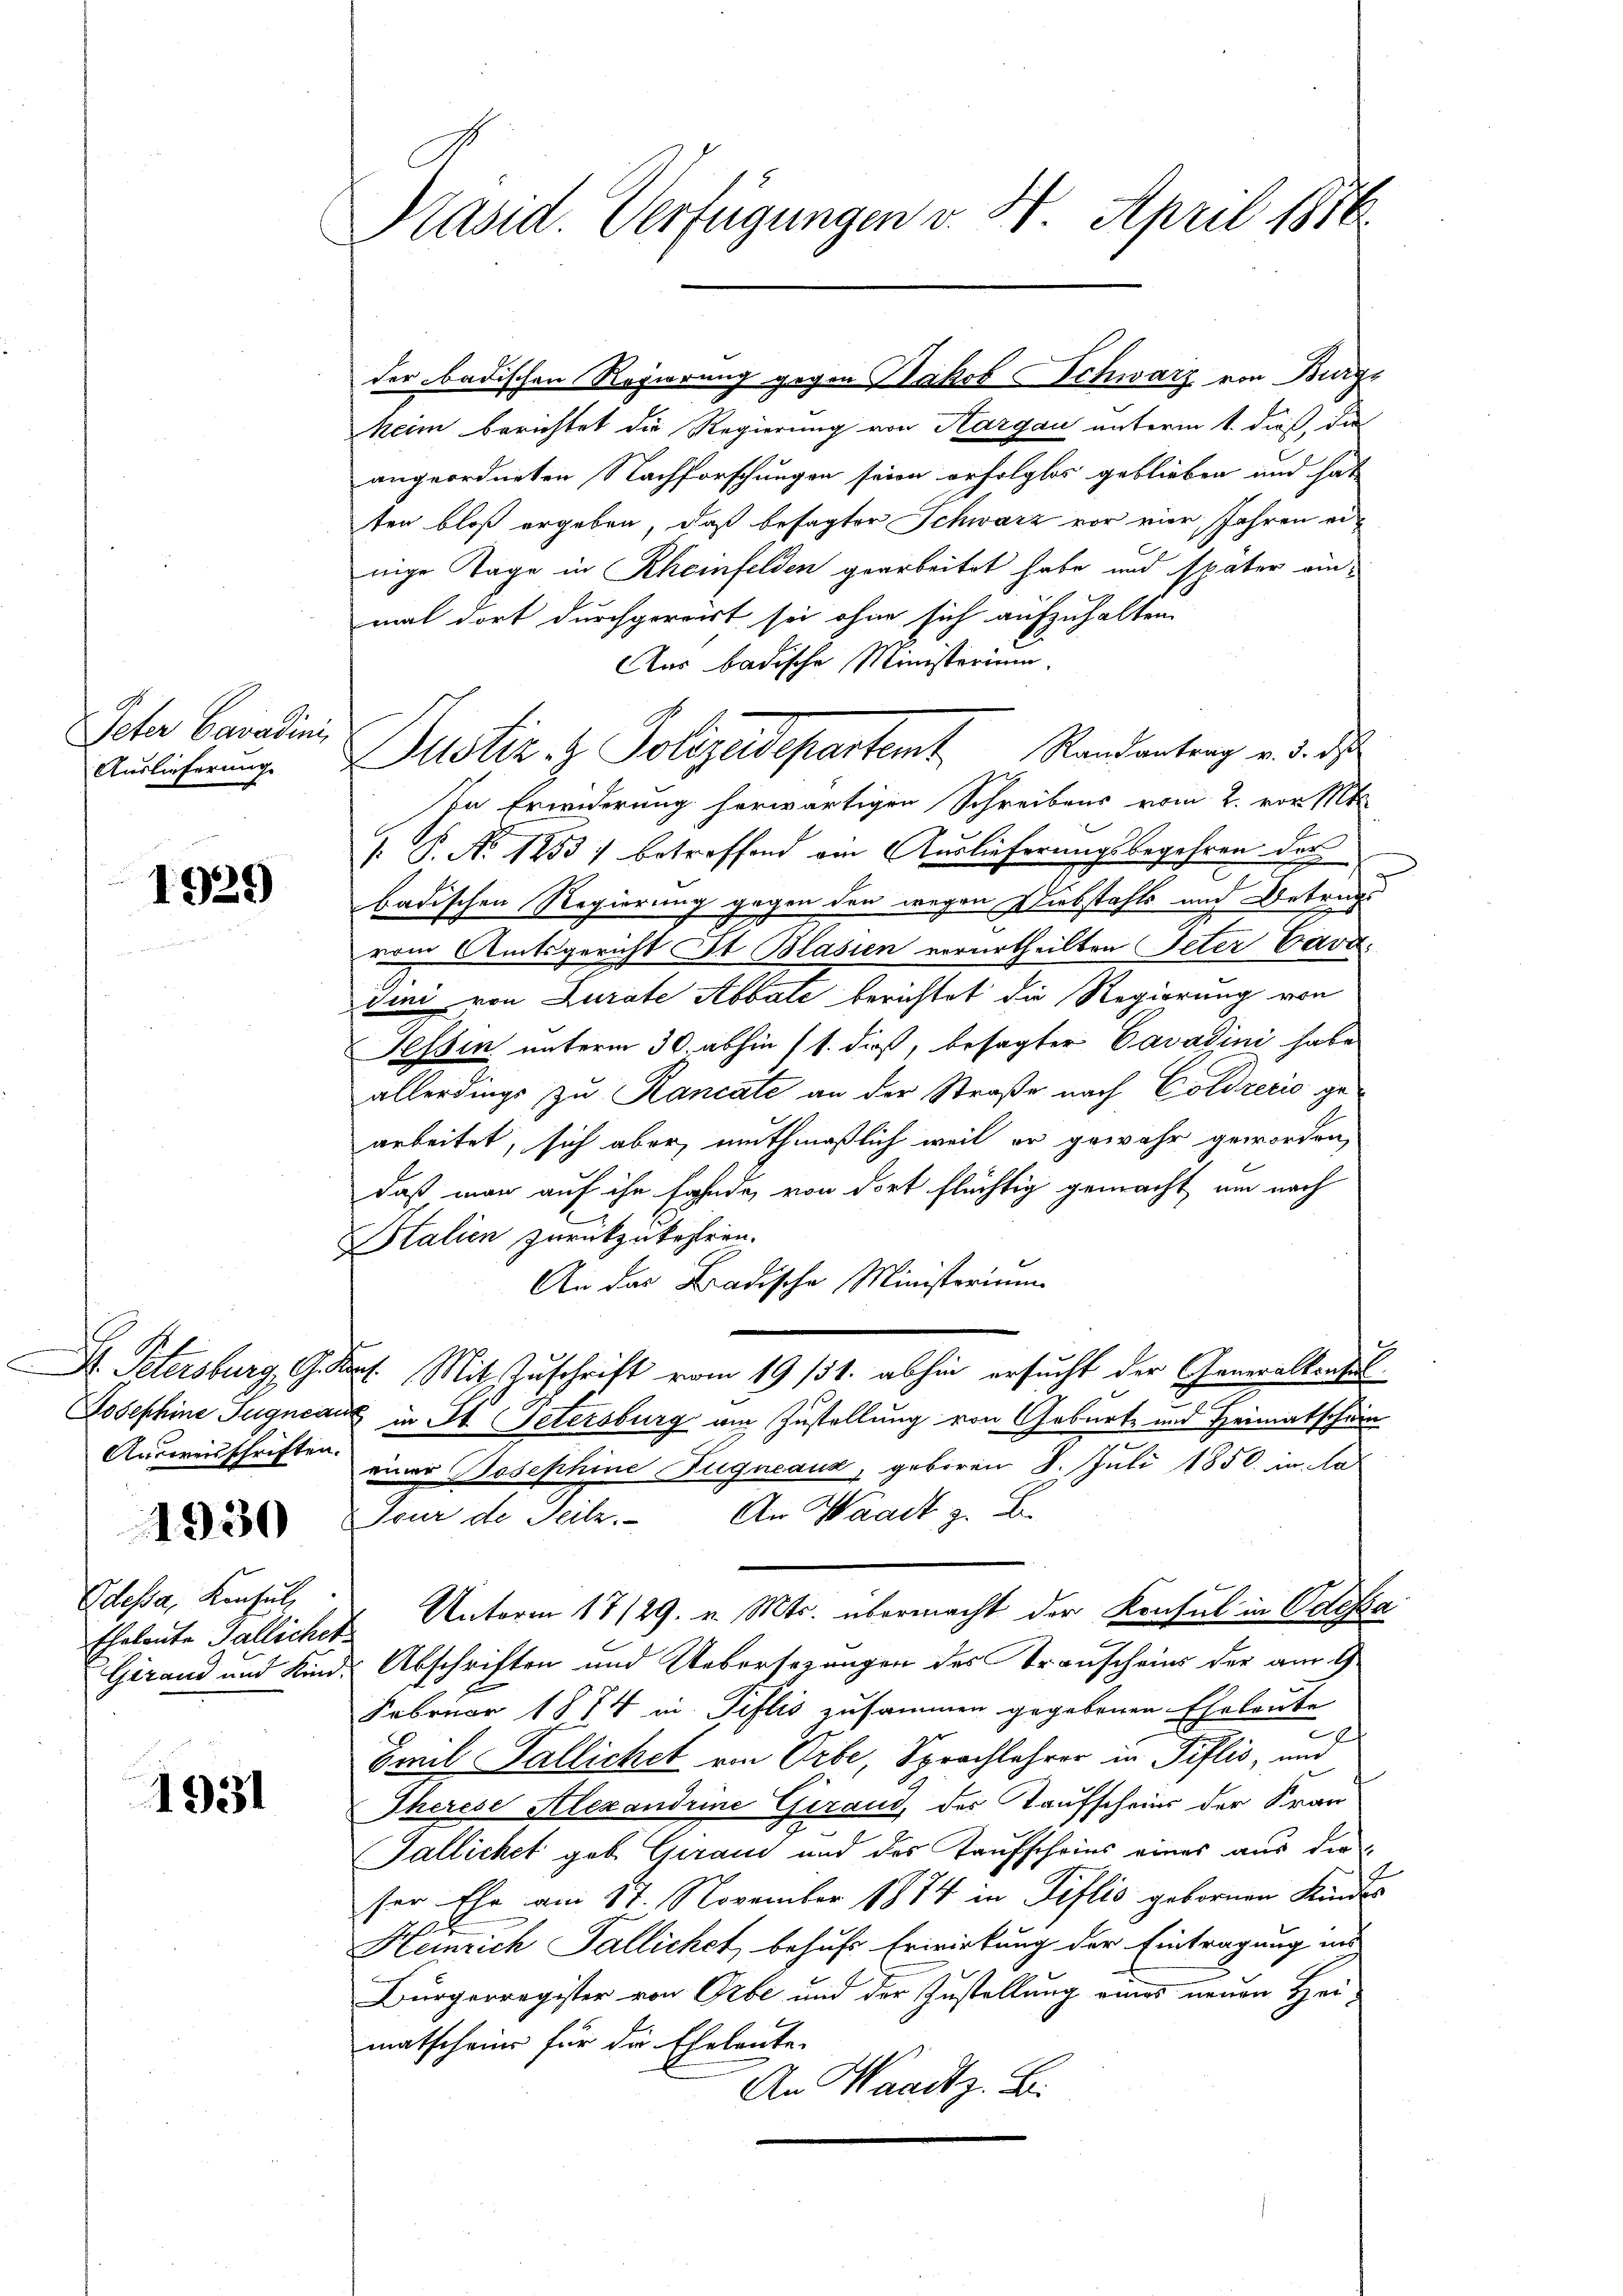
Peter Cavadini,
Auslieferung

1929

Ausweisschriften.

1930

Odessa, Konsul,
Ehalante Galliches
Grand und Kin-

1931

Präsid. Verfügungen v. 4. April 1816.

heim berichtet die Regierung von Aargau unterm 1. dieß, die
angeordneten Nachforschungen seien erfolglos geblieben und hat
ten bloß ergeben, daß besagter Schwarz vor vier Jahren einige Tage in Rheinfelden gearbeitet habe und später einmal dort durchgereist sei ohne sich aufzuhalten.
Aus badische Ministerium.
In Erwiderung herwärtigen Schreibens vom 2. vor st
[: P. No 1253) betreffend ein Auslieferungsbegehren des
badischen Regierung gegen den wegen Diebstahls und Betrugs
vom Amtsgericht St. Blasien verurtheilten Peter Cava
dini von Zurate Abbate berichtet die Regierung von
Tessin unterm 30. abhin (1. daß, besagter Cavadini habe
allerdings zu Rancate an der Straße nach Cöldrerio gearbeitet, sich aber muthmaßlich weil er gewahr geworden,
daß man auf ihn fahnde, von dort flüchtig gemacht um nach
Btalien zurückzukehlen.
An das Badische Ministerium
.
Dr. Petersburg, G. Kant. Mit Zuschrift vom 19. 131. abhin ersucht der Generalkonsul
Josephine Jugncant in St. Petersburg am Zustellung von Geburte und Heimatschein
mar Josephine Fugneaux, geboren 8. Juli 1850 in le
Feur de Teilz. An Waadt z. B.
Unterm 17/29. v. Mts. übermacht der Konsul in Odessa
c
& Abschriften und Uebersezungen des Transcheins der am 2
Februar 1874 in Tislis zusammen gegebenen Eheleute
Emil Fallichet von Erbe, Sprachlehrer in Tiflis, und
Therese Alexandrine Gerand, der Taufscheins der Frau
Fallichet geb. Geraus und des Taufscheins eines aus der
ser Ehe am 17. November 1874 in Diflis gebornen Kindes
Heinrich Fallichet, behufs Erwirkung der Eintragung und
Bürgerregister von Orbe und der Zustellung eines neuen Heimatscheine für die Eheleute
An Waadt z. B.

der badischen Regierung gegen Jakob Schwarz von Burgs

Justiz- & Polizeidepartamt Randantrag v. d. d